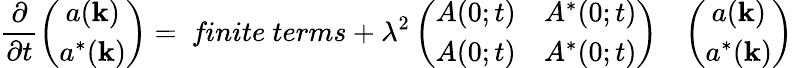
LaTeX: \frac{\partial}{\partial t}\left(\begin{array}{c}{{a({\mathbf k})}}\\ {{a^{*}({\mathbf k})}}\end{array}\right)=\mathrm{\cal~finite~terms}+\lambda^{2}\left(\begin{array}{cc}{{A(0;t)}}&{{A^{*}(0;t)}}\\ {{A(0;t)}}&{{A^{*}(0;t)}}\end{array}\right)\ \; \; \left(\begin{array}{c}{{a({\mathbf k})}}\\ {{a^{*}({\mathbf k})}}\end{array}\right)